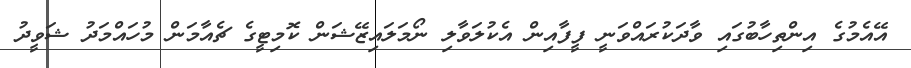
އޭއެމުގެ އިންތިހާބުގައި ވާދަކުރައްވަނީ ފީފާއިން އެކުލަވާލި ނޯމަލައިޒޭޝަން ކޮމިޓީގެ ޗެއާމަން މުހައްމަދު ޝަވީދު